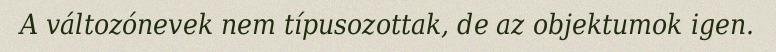
A változónevek nem típusozottak, de az objektumok igen.